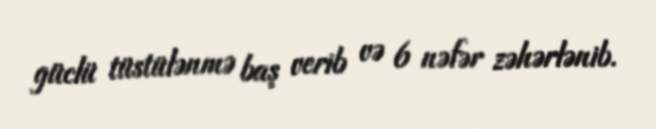
güclü tüstülənmə baş verib və 6 nəfər zəhərlənib.